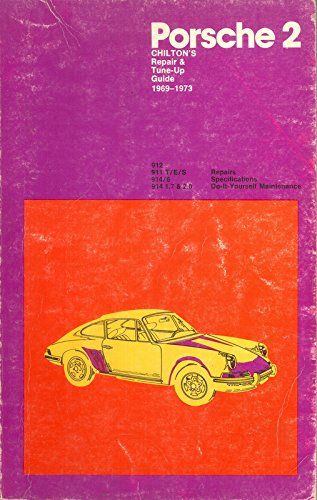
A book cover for Chilton's Repair and Tune-Up Guide for Porsche, 1969-1973; Chilton Automotive Editors; Engineering & Transportation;